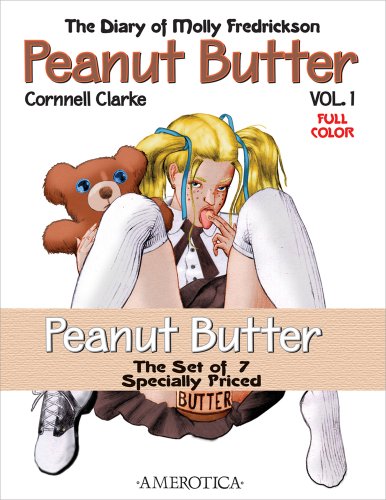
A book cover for The Complete Peanut Butter, set of vols. 1-7: The Diary of Molly Fredrickson; Cornnell Clarke; Comics & Graphic Novels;